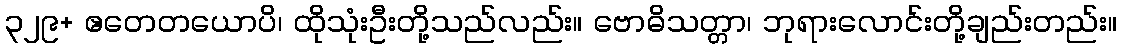
၃၂၉+ ဧတေတယောပိ၊ ထိုသုံးဦးတို့သည်လည်း။ ဗောဓိသတ္တာ၊ ဘုရားလောင်းတို့ချည်းတည်း။